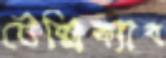
টেক্সিক্যাব